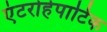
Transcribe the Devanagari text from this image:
एंटरोहेपाटिक